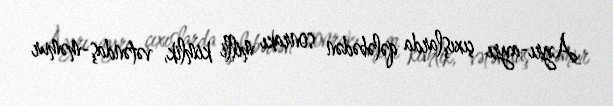
Ayrı-ayrı çıxışlarda qələbədən sonrakı milli kimlik, vətəndaş-məmur